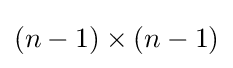
(n-1)\times (n-1)